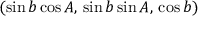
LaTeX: ( \sin b \cos A , \, \sin b \sin A , \, \cos b )